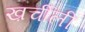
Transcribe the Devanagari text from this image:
ख़र्चीली